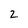
Character: 2